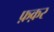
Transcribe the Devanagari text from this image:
फ़क़र